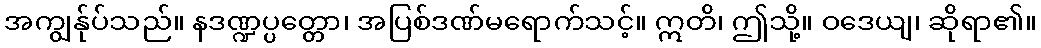
အကျွန်ုပ်သည်။ နဒဏ္ဍပ္ပတ္တော၊ အပြစ်ဒဏ်မရောက်သင့်။ ဣတိ၊ ဤသို့။ ဝဒေယျ၊ ဆိုရာ၏။